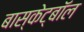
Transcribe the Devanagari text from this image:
बास्केट्बॉल